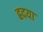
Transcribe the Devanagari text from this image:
ह्रदया